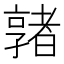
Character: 𡦡